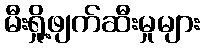
မီးရှို့ဖျက်ဆီးမှုများ